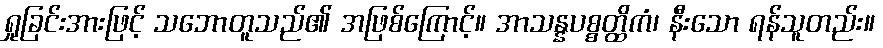
ရှုခြင်းအားဖြင့် သဘောတူသည်၏ အဖြစ်ကြောင့်။ အာသန္နပစ္စတ္ထိကံ၊ နီးသော ရန်သူတည်း။